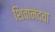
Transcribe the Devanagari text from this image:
शिवानंदचा